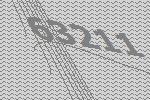
63211